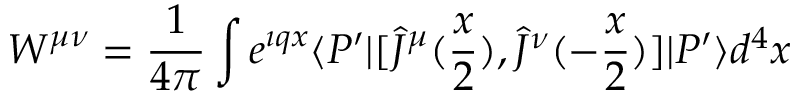
W ^ { \mu \nu } = \frac { 1 } { 4 \pi } \int e ^ { \imath q x } \langle P ^ { \prime } | [ { \hat { J } } ^ { \mu } ( \frac { x } { 2 } ) , { \hat { J } } ^ { \nu } ( - \frac { x } { 2 } ) ] | P ^ { \prime } \rangle d ^ { 4 } x